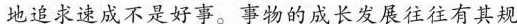
地追求速成不是好事。事物的成长发展往往有其规